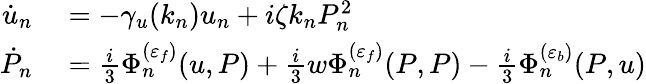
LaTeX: \begin{array}{rl}{\dot{u}_{n}}&{{}=-\gamma_{u}(k_{n})u_{n}+i\zeta k_{n}P_{n}^{2}}\\ {\dot{P}_{n}}&{{}=\frac{i}{3}\Phi_{n}^{(\varepsilon_{f})}(u,P)+\frac{i}{3}w\Phi_{n}^{(\varepsilon_{f})}(P,P)-\frac{i}{3}\Phi_{n}^{(\varepsilon_{b})}(P,u)}\end{array}